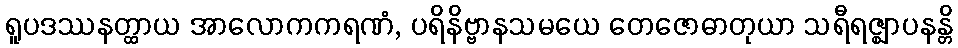
ရူပဒဿနတ္ထာယ အာလောကကရဏံ, ပရိနိဗ္ဗာနသမယေ တေဇောဓာတုယာ သရီရဇ္ဈာပနန္တိ